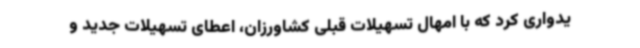
یدواری کرد که با امهال تسهیلات قبلی کشاورزان، اعطای تسهیلات جدید و